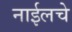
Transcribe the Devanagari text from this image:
नाईलचे